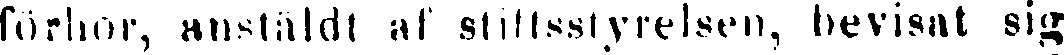
förhör, anstäldi af stiftsstyrelsen, bevisat sig